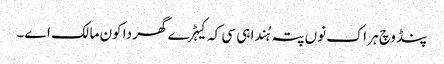
پنڈ وچ ہر اک نوں پتہ ہُندا ہی سی کہ کیہڑے گھر دا کون مالک اے۔